Medical and sanitary report of the native army of Bengal for the year
Year: 1874
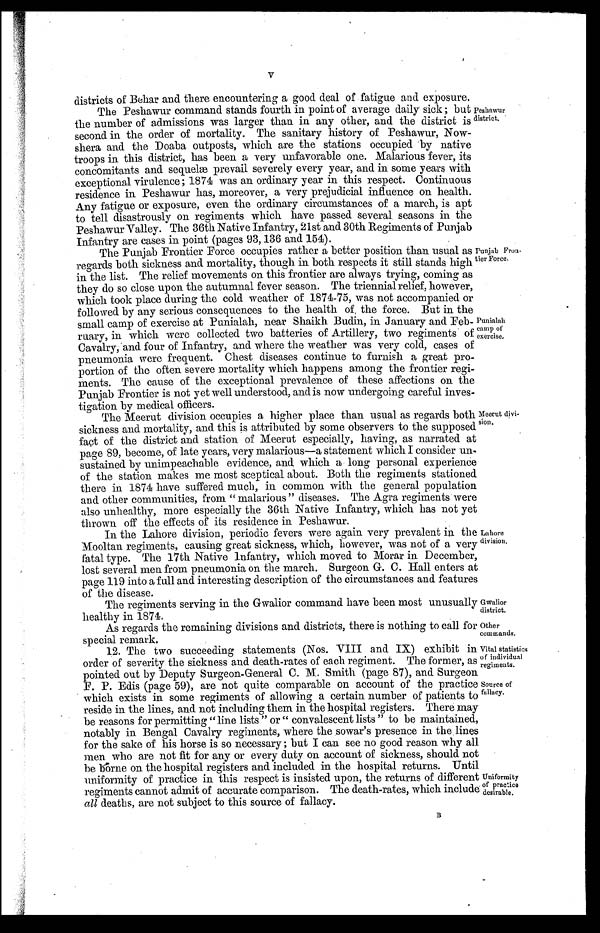
SKETCH OF THE MEDICAL HISTORY OF THE NATIVE ARMY OF BOMBAY.
Marching.—The head-quarters of the regiment were in camp during the year. Two
detachments comprising 147 rank and file proceeded to Khelat, the first of 61 men accom-
panied the Political Agent of Khelat in the month of April in medical charge of Assistant
Surgeon Bowman. The remaining number were sent in the month of June under the com
mand of a European officer and in medical charge of first class Hospital Assistant Fuckera
Sing. The latter having had to march in the hottest time of the year suffered very much
from the effects of the sun. From reports received 26 of the men were attacked on the 3rd
days' march (32 miles through the desert) with symptoms of heat-apoplexy ; 3 of the number
succumbed on the day of the attack, another man died a few days after from congestion of the
lungs, while at Khelat 2 of the same detachment died from dysentery, and one from pneumonia.
On perusing the remarks of Dr. Bowman it seems that all those who marched to Kelat in
June suffered from the effects of the dreadful journey. On the return of the party on the
31st October, the men of the 1st detachment were in excellent health, but the 2nd party
looked as if they had undergone great hardship. Several of them yet suffer from constant
headache and a few of the sequels of sunstroke : one of the number died a month ago suddenly
from congestive apoplexy of the brain.
Health of Regiment—Continues very unsatisfactory : no improvement can be expected
as long as attention to sanitary matters are neglected. Malaria is generated to a great extent, and
the flooding of the country, which has occurred for the last two years, tends materially to in-
crease the unhealthiness of the station. The floods this year, which came on the 22nd of
July, almost swamped the whole of Jacobabad. The Rifle lines were surrounded by water,
the married quarters being quite swamped. All this expanse of water drying up gradually,
assisted with decaying vegetable matter, which is very profuse, must as a matter of necessity
act very detrimentally.
Prevailing Diseases—fever, skin-diseases, rheumatic and chest affections.— Fevers : 504
admi ssi ons f r om t hi s cause. bei ng mor e t han hal f t he t ot al number , al l mal ar i ous and chi ef l y
of the intermittent form : there were 12 cases of remittent fever, these latter were very severe
and caused 3 casualties : there was nothing special in the treatment. The numbers of admis-
sions do not show the amount of men attacked. Several daily take quinine as a prophylactic,
and many who suffer slightly from the complaint have medicines administered them and
attend their duties. The largest number admitted from this cause were in the months of
October and November.
Skin-Diseases comprising chiefly Ulcers and Boils.—There were 100 admissions from
this cause, the former being particularly obstinate in their nature and in many cases only
improving on change of climate.
Chest Affection.—These cause a very large mortality, they chiefly occur in the cold season.
Out of 44 admissions there were 10 deaths, 3 being due to phthisis, and the others to pneumo-
nia. The deaths chiefly occurred in men of broken-down constitutions, with enormous spleens.
Stimulants internally, with quinine if the influence of malaria was suspected, and warmth
externally, seemed to do the most good.
Rheumatic Affection.— Twenty-seven cases most of them being chronic and suspected to
be due to syphilus.
Digestive System.—Under the heading of affections of the digestive system there were
3 deaths ; one from hœmatemesis, due to cirrhosis of liver, the man died suddenly, vomiting
about 3 pints of blood, and 2 deaths from chronic dysentery.
Hospital Accommodation.— The hospital, though of decent size, is not large enough for
the number of men admitted in the cold weather ; several of them remain in rowties pitched
in the hospital compound ; a fireplace is a great desideratum and this I am in hopes will soon
be supplied.
Vaccination.—This is regularly practised : there were 13 cases successfully vaccinated
since last inspection.
Latrines (on Dry-earth system) both regimental and hospital are well looked after.
Invalids.—Nine men only invalided during the year, this is comparatively a small num-
ber, but as several of the men were of 14 years' service who were fit to appear before the board,
they were allowed to serve another year, so that they may be able to get pensions.
Recruits.—Fifty-two admitted during the year.
Rainfall.—Nine inches, a very unusual occurrence, there were only 75 cents, for the pre-
ceding year.
Thermometer.—In the shade average, maximum 112°, minimum 36.°1
66